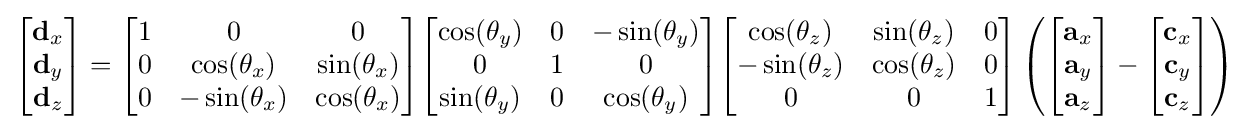
{\begin{bmatrix}\mathbf {d} _{x}\\\mathbf {d} _{y}\\\mathbf {d} _{z}\end{bmatrix}}={\begin{bmatrix}1&0&0\\0&\cos(\mathbf {\theta } _{x})&\sin(\mathbf {\theta } _{x})\\0&-\sin(\mathbf {\theta } _{x})&\cos(\mathbf {\theta } _{x})\end{bmatrix}}{\begin{bmatrix}\cos(\mathbf {\theta } _{y})&0&-\sin(\mathbf {\theta } _{y})\\0&1&0\\\sin(\mathbf {\theta } _{y})&0&\cos(\mathbf {\theta } _{y})\end{bmatrix}}{\begin{bmatrix}\cos(\mathbf {\theta } _{z})&\sin(\mathbf {\theta } _{z})&0\\-\sin(\mathbf {\theta } _{z})&\cos(\mathbf {\theta } _{z})&0\\0&0&1\end{bmatrix}}\left({{\begin{bmatrix}\mathbf {a} _{x}\\\mathbf {a} _{y}\\\mathbf {a} _{z}\\\end{bmatrix}}-{\begin{bmatrix}\mathbf {c} _{x}\\\mathbf {c} _{y}\\\mathbf {c} _{z}\\\end{bmatrix}}}\right)